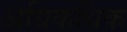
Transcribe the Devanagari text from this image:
अधिकधिक